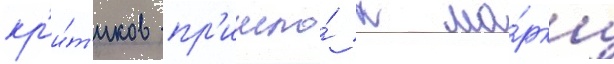
кр'и́т'иков пр'ишло́ к ма́рку